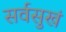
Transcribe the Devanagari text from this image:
सर्वसुखं